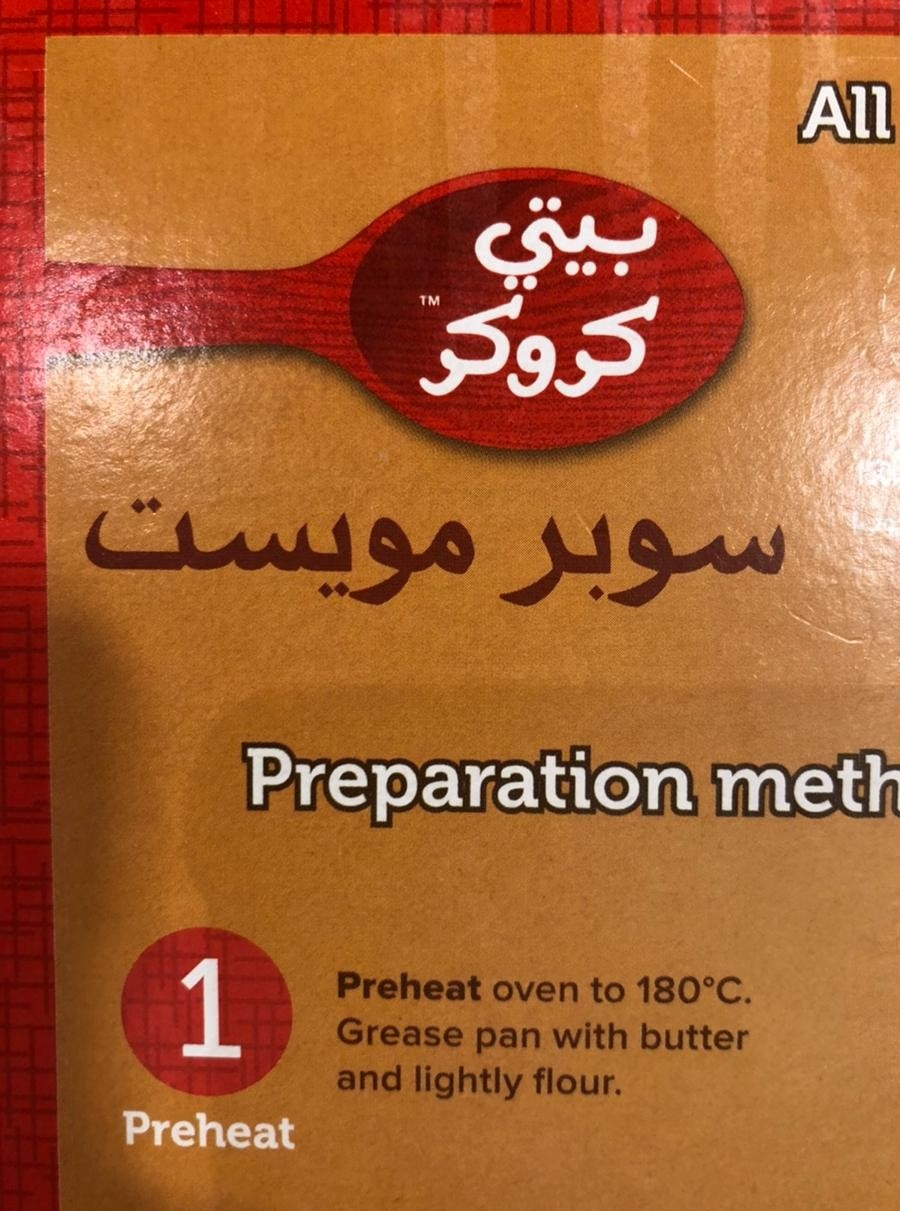
Text in image: بيتي كروكر مويست سوبر All Preparation meth Preheat oven 180 to C. 1 Grease pan with butter and flour. lightly Preheat